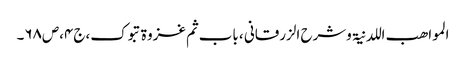
المواھب اللدنیۃ وشرح الزرقانی ، باب ثم غزوۃ تبوک،ج۴،ص۶۸۔